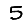
Digit: 5